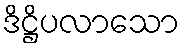
ဒိဋ္ဌိပလာသော